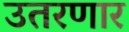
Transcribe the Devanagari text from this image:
उतरणार